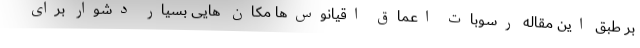
بر طبق این مقاله رسوبات اعماق اقیانوس‌ها مکان هایی بسیار دشوار برای